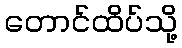
တောင်ထိပ်သို့